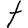
Character: t